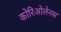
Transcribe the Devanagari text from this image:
कोरिओलेनस